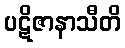
ပဋိဇာနာသီတိ